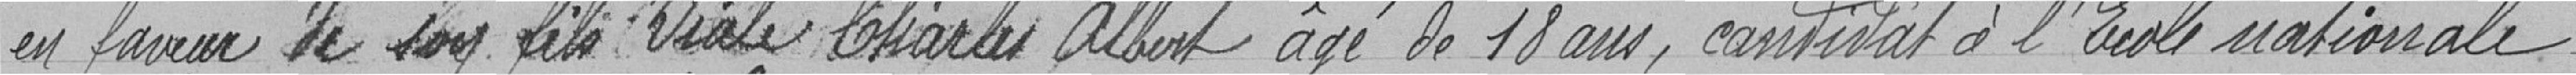
en faveur de son fils Viale Charles Albert âgé de 18 ans, candidat à l'école nationale